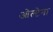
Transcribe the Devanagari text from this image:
ओल्टेना